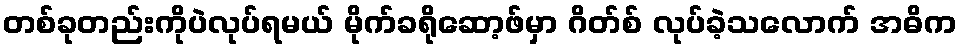
တစ်ခုတည်းကိုပဲလုပ်ရမယ် မိုက်ခရိုဆော့ဖ်မှာ ဂိတ်စ် လုပ်ခဲ့သလောက် အဓိက